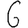
Digit: 6